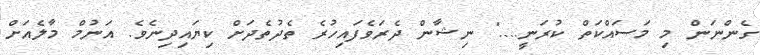
ގެންނަން މި މަސައްކަތް ކުރަނީ...." ނިޝާން ދެރަވެފައިހުރެ ތެދުތެދަށް ކިޔައިދިނެވެ. އަނުމް މާލެއަށް